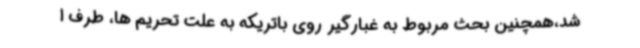
شد،همچنین بحث مربوط به غبارگیر روی باتریکه به علت تحریم ها، طرف ا